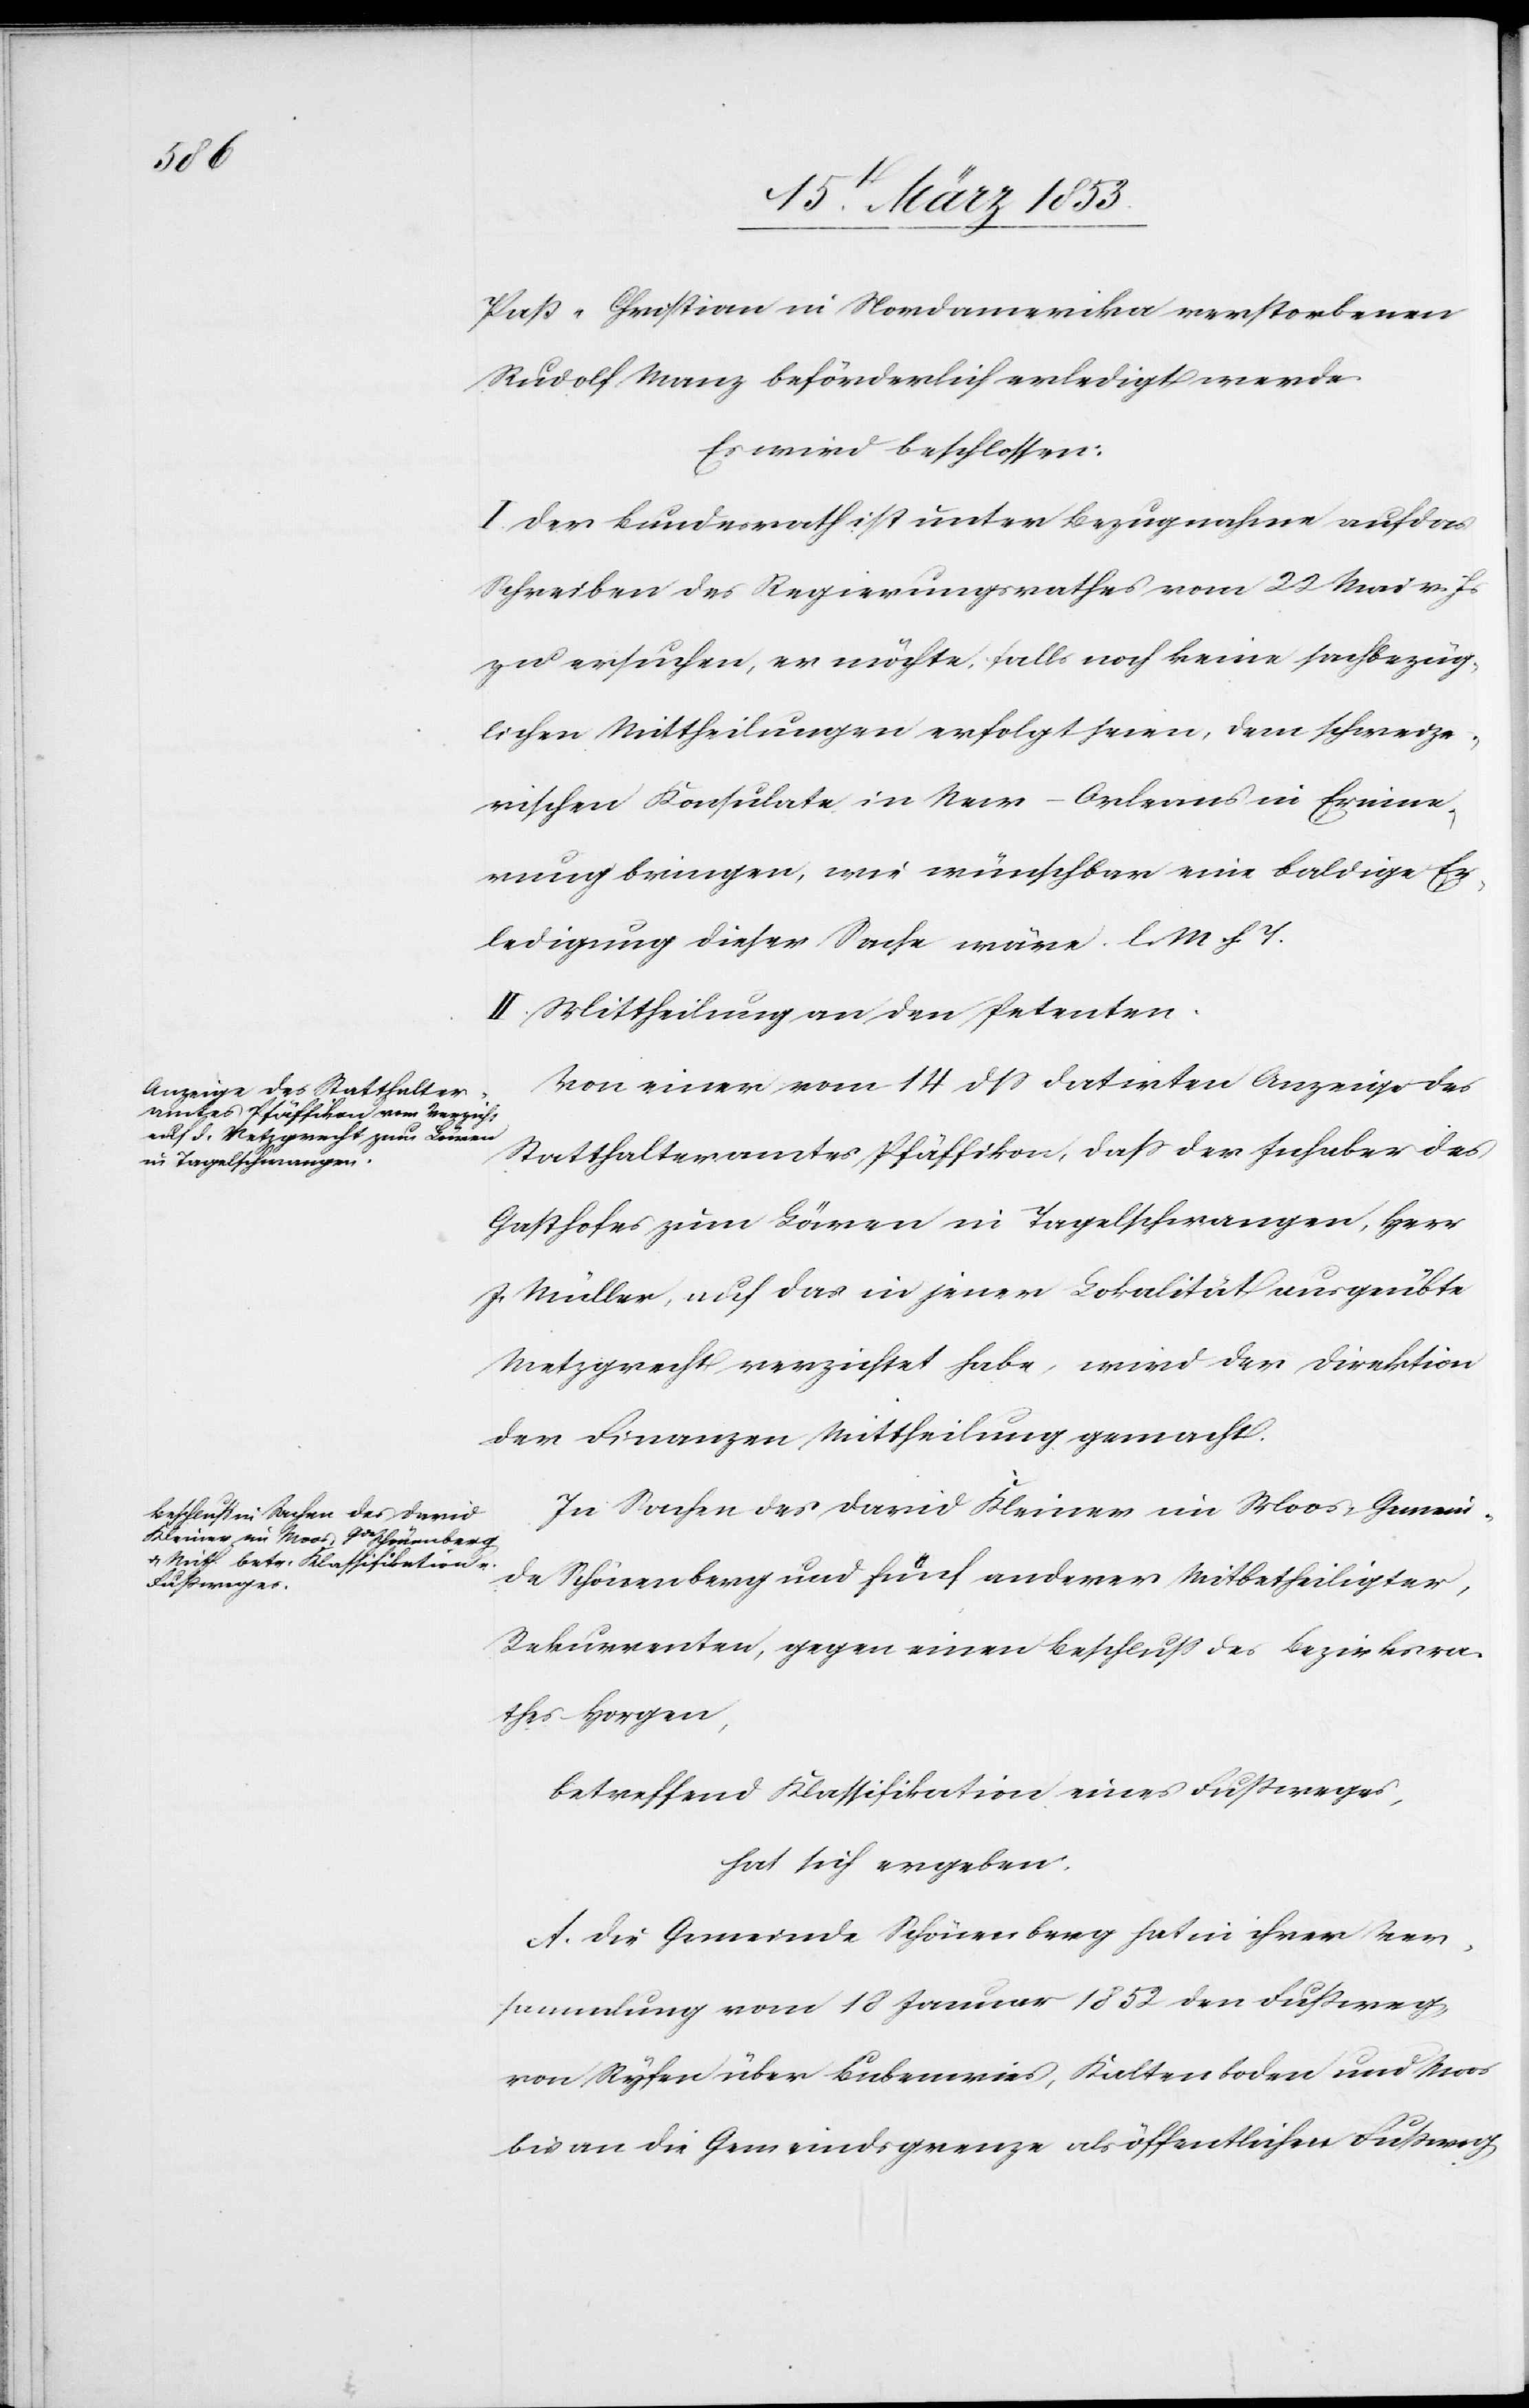
Paß-Christian in Nordamerika verstorbenen
Rudolf Manz beförderlich erledigt werde.
Es wird beschlossen:
I. Der Bundesrath ist unter Bezugnahme auf das
Schreiben des Regierungsrathes vom 22 Mai v. Js.
zu ersuchen, er möchte, falls noch keine sachbezüg¬
lichen Mittheilungen erfolgt seien, dem schweize¬
rischen Konsulate in New-Orleans in Erinne¬
rung bringen, wie wünschbar eine baldige Er¬
ledigung dieser Sache wäre. l. M. h. T
II. Mittheilung an den Petenten.
Von einer vom 14 dß datirten Anzeige des
Statthalteramtes Pfäffikon, daß der Inhaber des
Gasthofes zum Löwen in Tagelschrangen, Herr
J. Müller, auf das in jener Lokalität ausgeübte
Metzgrecht verzichtet habe, wird der Direktion
der Finanzen Mittheilung gemacht.
In Sachen des David Kleiner im Moos, Gemein¬
de Schönenberg und fünf anderer Mitbetheiligter,
Rekurrenten, gegen einen Beschluß des Bezirksra¬
thes Horgen,
betreffend Klassifikation eines Fußweges,
hat sich ergeben:
Die Gemeinde Schönenberg hat in ihrer Ver¬
sammlung vom 18 Januar 1852 den Fußweg
von Syfen über Bubenwies, Kaltenboden und Moos
bis an die Gemeindsgrenze als öffentlichen Fußweg